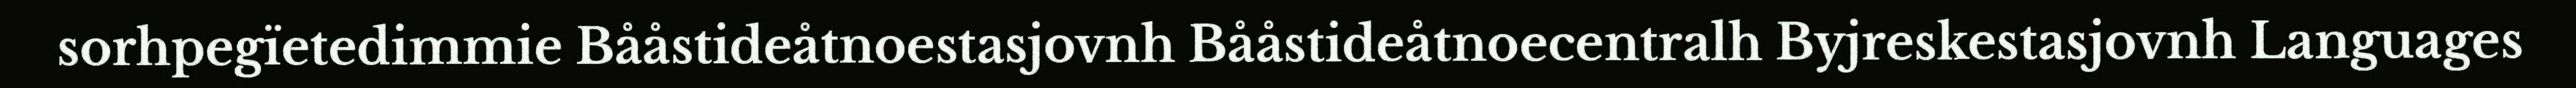
sorhpegïetedimmie Bååstideåtnoestasjovnh Bååstideåtnoecentralh Byjreskestasjovnh Languages